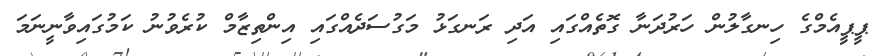
ޕީޕީއެމްގެ ހިނގާލުން ހަރުދަނާ ގޮތެއްގައި އަދި ރަނގަޅު މަގުސަދެއްގައި އިންތިޒާމް ކުރެވުނު ކަމުގައިވާނީނަމަ